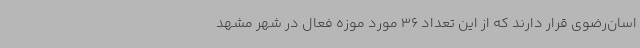
اسان‌رضوی قرار دارند که از این تعداد 36 مورد موزه فعال در شهر مشهد